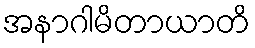
အနာဂါမိတာယာတိ